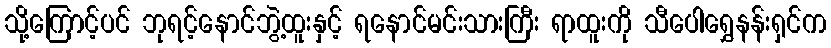
သို့ကြောင့်ပင် ဘုရင့်နောင်ဘွဲ့ထူးနှင့် ရနောင်မင်းသားကြီး ရာထူးကို သီပေါရွှေနန်းရှင်က